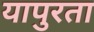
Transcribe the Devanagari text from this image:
यापुरता